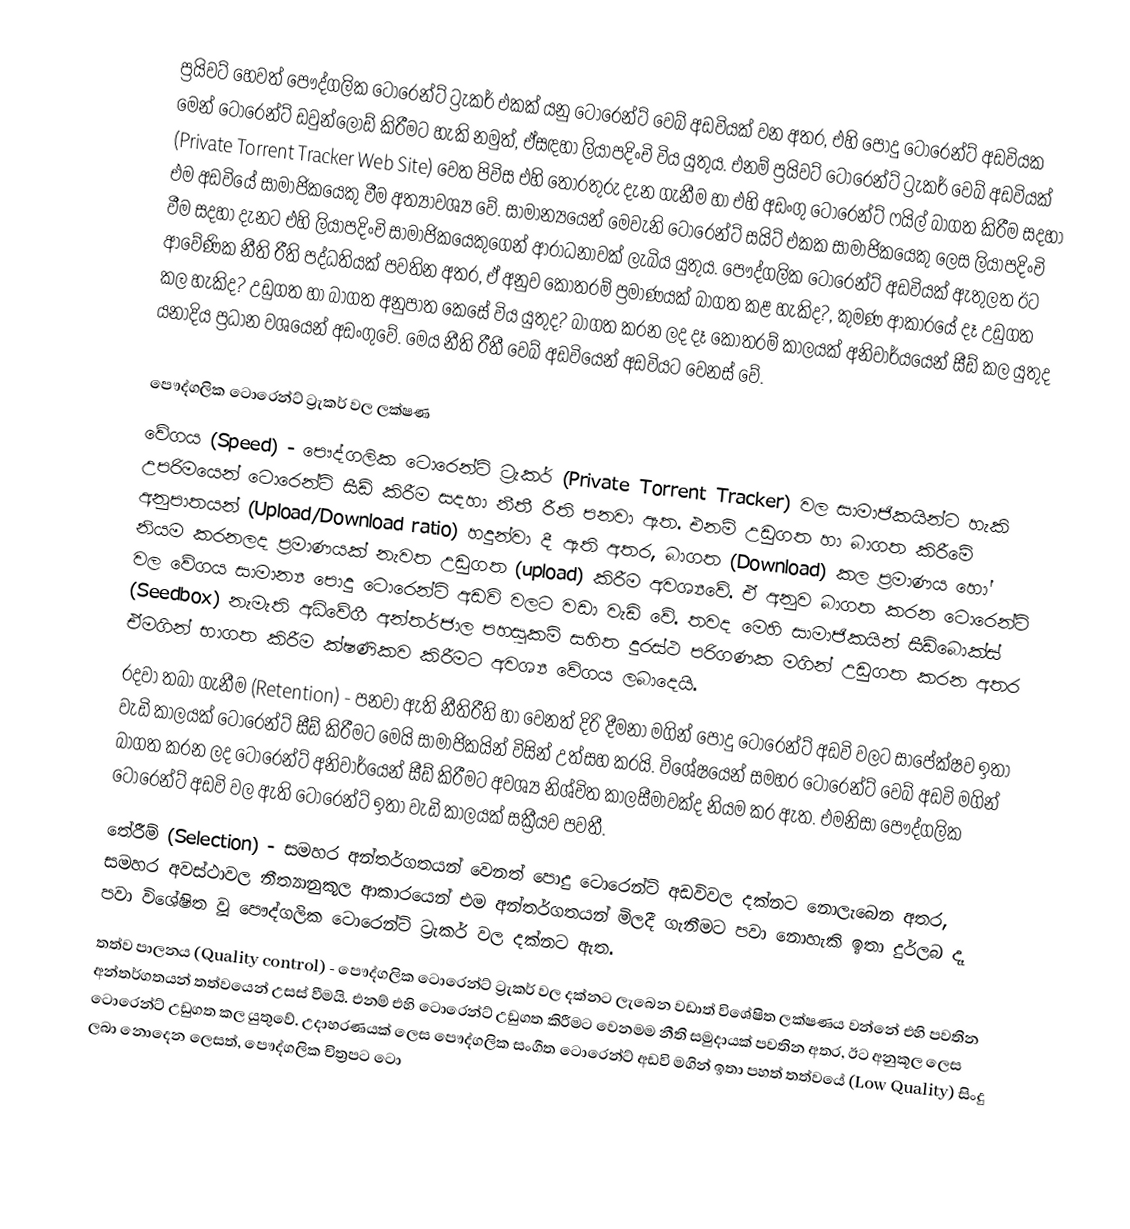
ප්‍රයිවට් හෙවත් පෞද්ගලික ටොරෙන්ට් ට්‍රැකර් එකක් යනු ටොරෙන්ට් වෙබ් අඩවියක් වන අතර, එහි පොදු ටොරෙන්ට් අඩවියක මෙන් ටොරෙන්ට් ඩවුන්ලෝඩ් කිරීමට හැකි නමුත්, ඒසඳහා ලියාපදිංචි විය යුතුය. එනම් ප්‍රයිවට් ටොරෙන්ට් ට්‍රැකර් වෙබ් අඩවියක් (Private Torrent Tracker Web Site) වෙත පිවිස එහි තොරතුරු දැන ගැනීම හා එහි අඩංගු ටොරෙන්ට් ෆයිල් බාගත කිරීම සදහා එම අඩවියේ සාමාජිකයෙකු වීම අත්‍යාවශ්‍ය වේ. සාමාන්‍යයෙන් මෙවැනි ටොරෙන්ට් සයිට් එකක සාමාජිකයෙකු ලෙස ලියාපදිංචි වීම සදහා දැනට එහි ලියාපදිංචි සාමාජිකයෙකුගෙන් ආරාධනාවක් ලැබිය යුතුය. පෞද්ගලික ටොරෙන්ට් අඩවියක් ඇතුලත ඊට ආවේණික නීති රීති පද්ධතියක් පවතින අතර, ඒ අනුව කොතරම් ප්‍රමාණයක් බාගත කළ හැකිද?, කුමණ ආකාරයේ දෑ උඩුගත කල හැකිද? උඩුගත හා බාගත අනුපාත කෙසේ විය යුතුද? බාගත කරන ලද දෑ කොතරම් කාලයක් අනිවාර්යයෙන් සීඩ් කල යුතුද යනාදිය ප්‍රධාන වශයෙන් අඩංගුවේ. මෙය නීති රීතී වෙබ් අඩවියෙන් අඩවියට වෙනස් වේ.

පෞද්ගලික ටොරෙන්ට් ට්‍රැකර් වල ලක්ෂණ
වේගය (Speed) - පෞද්ගලික ටොරෙන්ට් ට්‍රැකර් (Private Torrent Tracker) වල සාමාජිකයින්ට හැකි උපරිමයෙන් ටොරෙන්ට් සීඩ් කිරීම සදහා නීතී රීති පනවා ඇත. එනම් උඩුගත හා බාගත කිරීමේ අනුපාතයන් (Upload/Download ratio) හදුන්වා දී ඇති අතර, බාගත (Download) කල ප්‍රමාණය හෝ නියම කරනලද ප්‍රමාණයක් නැවත උඩුගත (upload)  කිරීම අවශ්‍යවේ. ඒ අනුව බාගත කරන ටොරෙන්ට් වල වේගය සාමාන්‍ය පොදු ටොරෙන්ට් අඩවි වලට වඩා වැඩි වේ. තවද මෙහි සාමාජිකයින් සීඩ්බොක්ස් (Seedbox)  නැමැති අධිවේගී අන්තර්ජාල පහසුකම් සහිත දුරස්ථ පරිගණක මගින් උඩුගත කරන අතර ඒමගින් භාගත කිරීම ක්ෂණිකව කිරීමට අවශ්‍ය වේගය ලබාදෙයි.
රදවා තබා ගැනීම (Retention) - පනවා ඇති නීතිරීති හා වෙනත් දිරි දීමනා මගින් පොදු ටොරෙන්ට් අඩවි වලට සාපේක්ෂව ඉතා වැඩි කාලයක් ටොරෙන්ට් සීඩ් කිරීමට මෙයි සාමාජිකයින් විසින් උත්සහ කරයි. විශේෂයෙන් සමහර ටොරෙන්ට් වෙබ් අඩවි මගින් බාගත කරන ලද ටොරෙන්ට් අනිවාර්යෙන් සීඩ් කිරීමට අවශ්‍ය නිශ්චිත  කාලසීමාවක්ද නියම කර ඇත. එමනිසා පෞද්ගලික ටොරෙන්ට් අඩවි වල ඇති ටොරෙන්ට් ඉතා වැඩි කාලයක් සක්‍රීයව පවතී.
තේරීම් (Selection) - සමහර අන්තර්ගතයන් වෙනත් පොදු ටොරෙන්ට් අඩවිවල දක්නට නොලැබෙන අතර, සමහර අවස්ථාවල නීත්‍යානුකූල ආකාරයෙන් එම අන්තර්ගතයන් මිලදී ගැනීමට පවා නොහැකි ඉතා දුර්ලබ දෑ පවා විශේෂිත වූ පෞද්ගලික ටොරෙන්ට් ට්‍රැකර් වල දක්නට ඇත.
තත්ව පාලනය  (Quality control) - පෞද්ගලික ටොරෙන්ට් ට්‍රැකර් වල දක්නට ලැබෙන වඩාත් විශේෂිත ලක්ෂණය වන්නේ එහි පවතින අන්තර්ගතයන් තත්වයෙන් උසස් වීමයි. එනම් එහි ටොරෙන්ට් උඩුගත කිරීමට වෙනමම නීති සමුදායක් පවතින අතර, ඊට අනුකූල ලෙස ටොරෙන්ට් උඩුගත කල යුතුවේ. උදාහරණයක් ලෙස පෞද්ගලික සංගීත ටොරෙන්ට් අඩවි මගින් ඉතා පහත් තත්වයේ (Low Quality)  සිංදු ලබා නොදෙන ලෙසත්, පෞද්ගලික චිත්‍රපට ටො